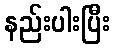
နည်းပါးပြီး